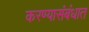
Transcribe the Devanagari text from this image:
करण्यासंबंधात